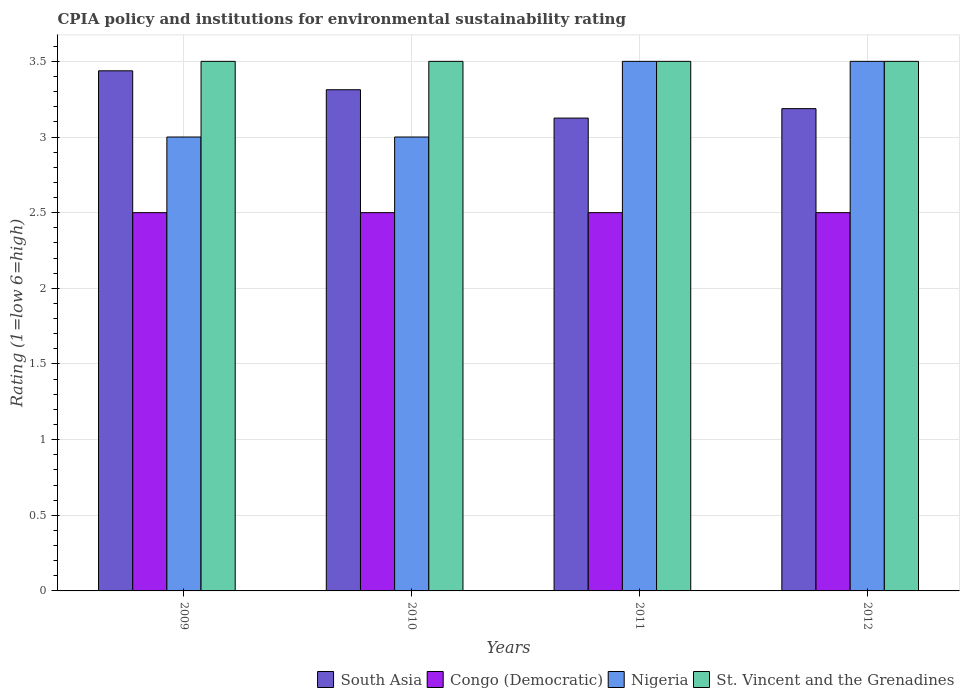
| Years | South Asia | Congo (Democratic) | Nigeria | St. Vincent and the Grenadines |
 | --- | --- | --- | --- | --- |
 | 2009 | 3.44 | 2.5 | 3 | 3.5 |
 | 2010 | 3.31 | 2.5 | 3 | 3.5 |
 | 2011 | 3.12 | 2.5 | 3.5 | 3.5 |
 | 2012 | 3.19 | 2.5 | 3.5 | 3.5 |